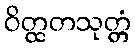
ဝိတ္ထတသုတ္တံ